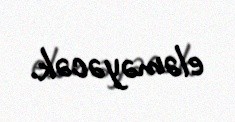
eləməyəcək.